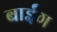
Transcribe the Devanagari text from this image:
बाईंग